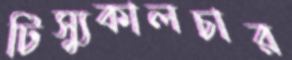
টিস্যুকালচার